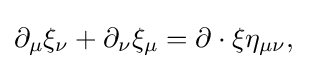
\partial _{\mu }\xi _{\nu }+\partial _{\nu }\xi _{\mu }=\partial \cdot \xi \eta _{\mu \nu },~